Annual administration report of the Civil Veterinary Department of India - 1907-1908
Year: 1907
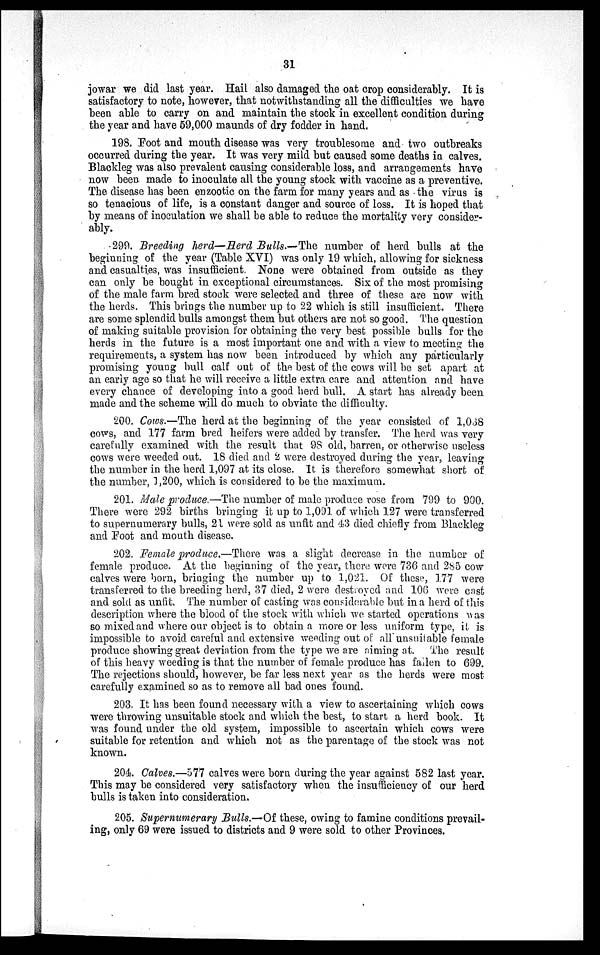
31
jowar we did last year. Hail also damaged the oat crop considerably. It is
satisfactory to note, however, that notwithstanding all the difficulties we have
been able to carry on and maintain the stock in excellent condition during
the year and have 59,000 maunds of dry fodder in hand.
198. Foot and mouth disease was very troublesome and two outbreaks
occurred during the year. It was very mild but caused some deaths in calves.
Blackleg was also prevalent causing considerable loss, and arrangements have
now been made to inoculate all the young stock with vaccine as a preventive.
The disease has been enzootic on the farm for many years and as the virus is
so tenacious of life, is a constant danger and source of loss. It is hoped that
by means of inoculation we shall be able to reduce the mortality very consider-
ably.
299. Breeding herd—Herd Bulls.—The number of herd bulls at the
beginning of the year (Table XVI) was only 19 which, allowing for sickness
and casualties, was insufficient. None were obtained from outside as they
can only be bought in exceptional circumstances. Six of the most promising
of the male farm bred stock were selected and three of these are now with
the herds. This brings the number up to 22 which is still insufficient. There
are some splendid bulls amongst them but others are not so good. The question
of making suitable provision for obtaining the very best possible bulls for the
herds in the future is a most important one and with a view to meeting the
requirements, a system has now been introduced by which any particularly
promising young bull calf out of the best of the cows will be set apart at
an early age so that he will receive a little extra care and attention and have
every chance of developing into a good herd bull. A start has already been
made and the scheme will do much to obviate the difficulty.
200. Cows.—The herd at the beginning of the year consisted of 1,038
cows, and 177 farm bred heifers were added by transfer. The herd was very
carefully examined with the result that 98 old, barren, or otherwise useless
cows were weeded out. 18 died and 2 were destroyed during the year, leaving
the number in the herd 1,097 at its close. It is therefore somewhat short of
the number, 1,200, which is considered to be the maximum.
201. Male produce.—The number of male produce rose from 799 to 900.
There were 292 births bringing it up to 1,091 of which 127 were transferred
to supernumerary bulls, 21 were sold as unfit and 43 died chiefly from Blackleg
and Foot and mouth disease.
202. Female produce.—There was a slight decrease in the number of
female produce. At the beginning of the year, there were 736 and 285 cow
calves were born, bringing the number up to 1,021. Of these, 177 were
transferred to the breeding herd, 37 died, 2 were destroyed and 106 were cast
and sold as unfit. The number of casting was considerable but in a herd of this
description where the blood of the stock with which we started operations was
so mixed and where our object is to obtain a more or less uniform type, it is
impossible to avoid careful and extensive weeding out of all unsuitable female
produce showing great deviation from the type we are aiming at. The result
of this heavy weeding is that the number of female produce has fallen to 699.
The rejections should, however, be far less next year as the herds were most
carefully examined so as to remove all bad ones found.
203. It has been found necessary with a view to ascertaining which cows
were throwing unsuitable stock and which the best, to start a herd book. It
was found under the old system, impossible to ascertain which cows were
suitable for retention and which not as the parentage of the stock was not
known.
204. Calves.—577 calves were born during the year against 582 last year.
This may be considered very satisfactory when the insufficiency of our herd
bulls is taken into consideration,
205. Supernumerary Bulls.—Of these, owing to famine conditions prevail-
ing, only 69 were issued to districts and 9 were sold to other Provinces.